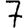
Digit: 7